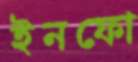
ইনফো